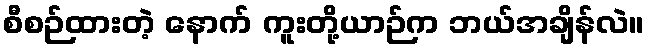
စီစဉ်ထားတဲ့ နောက် ကူးတို့ယာဉ်က ဘယ်အချိန်လဲ။